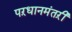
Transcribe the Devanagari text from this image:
पऱधानमंतऱी